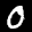
Label: 0